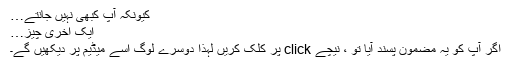
کیونکہ آپ کبھی نہیں جانتے…
ایک اخری چیز…
اگر آپ کو یہ مضمون پسند آیا تو ، نیچے click پر کلک کریں لہذا دوسرے لوگ اسے میڈیم پر دیکھیں گے۔